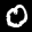
Label: 0